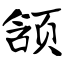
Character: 颔